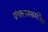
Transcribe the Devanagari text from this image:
ग्रंथालयकर्मीला